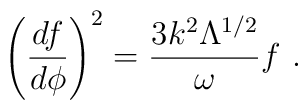
\left(\frac{df}{d\phi}\right)^{2} =    \frac{3k^{2}\Lambda^{1/2}}{\omega}f ~.